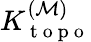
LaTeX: K_{\mathrm{~t~o~p~o~}}^{(\mathcal{M})}